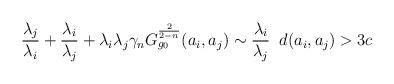
LaTeX: \begin{align*}\frac{ \lambda_{j} }{ \lambda_{i} }+\frac{\lambda_{i} }{ \lambda_{j} }+\lambda_{i}\lambda_{j}\gamma_{n}G_{g_{0}}^{\frac{2}{2-n}}( a _{i}, a _{j})\sim \frac{\lambda_{i}}{\lambda_{j}}\; \;d( a _{i}, a _{j})>3c\end{align*}